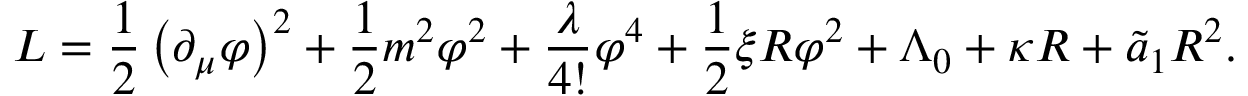
L = \frac { 1 } { 2 } \left( \partial _ { \mu } \varphi \right) ^ { 2 } + \frac { 1 } { 2 } m ^ { 2 } \varphi ^ { 2 } + \frac { \lambda } { 4 ! } \varphi ^ { 4 } + \frac { 1 } { 2 } \xi R \varphi ^ { 2 } + \Lambda _ { 0 } + \kappa R + \widetilde { a } _ { 1 } R ^ { 2 } .